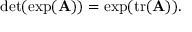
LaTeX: \operatorname* { d e t } ( \exp ( \mathbf { A } ) ) = \exp ( \operatorname { t r } ( \mathbf { A } ) ) .